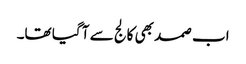
اب صمد بھی کالج سے آ گیا تھا۔